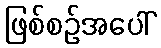
ဖြစ်စဉ်အပေါ်